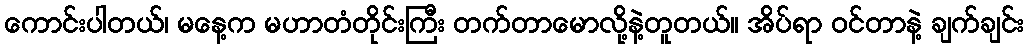
ကောင်းပါတယ်၊ မနေ့က မဟာတံတိုင်းကြီး တက်တာမောလို့နဲ့တူတယ်။ အိပ်ရာ ဝင်တာနဲ့ ချက်ချင်း